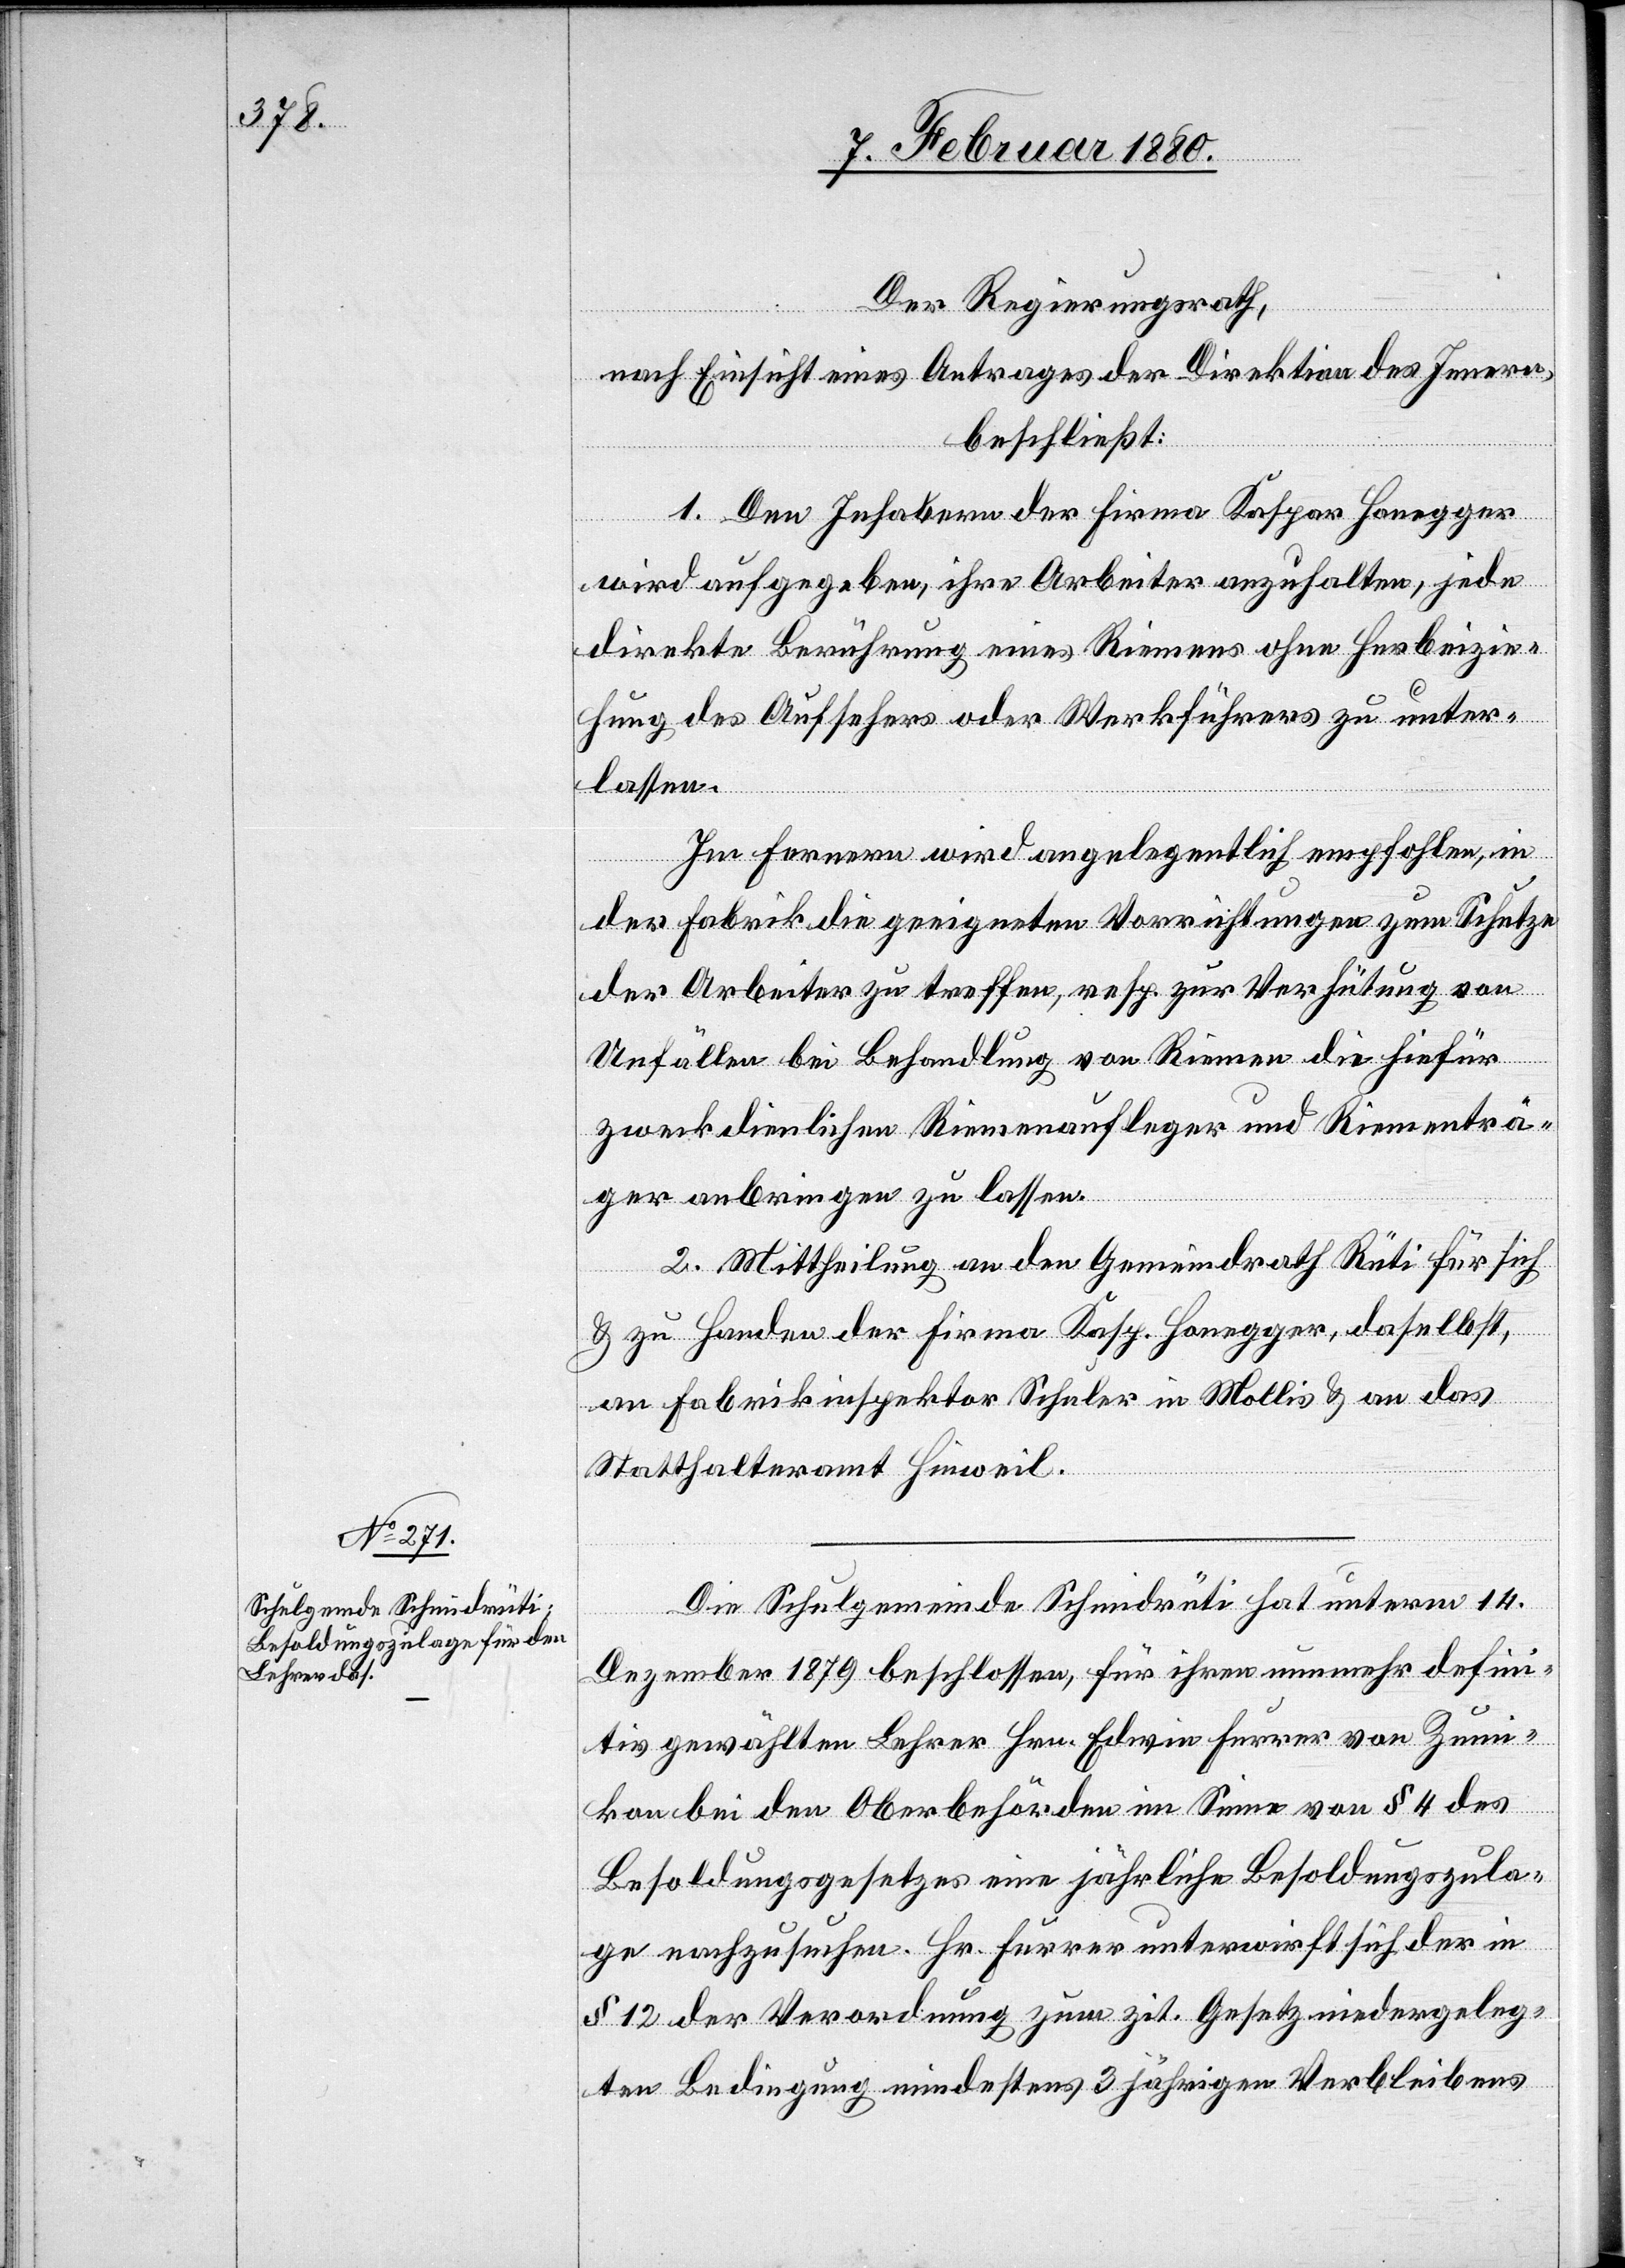
Der Regierungsrath,
nach Einsicht eines Antrages der Direktion des Innern,
beschließt:
1. Den Inhabern der Firma Kaspar Honegger
wird aufgegeben, ihre Arbeiter anzuhalten, jede
direkte Berührung eines Riemens ohne Herbeizie¬
hung des Aufsehers oder Werkführers zu unter¬
lassen.
Im Fernern wird angelegentlich empfohlen, in
der Fabrik die geeigneten Vorrichtungen zum Schutze
der Arbeiter zu treffen, resp. zur Verhütung von
Unfällen bei Behandlung von Riemen die hiefür
zweckdienlichen Riemenaufleger und Riementrä¬
ger anbringen zu lassen.
2. Mittheilung an den Gemeindrath für sich
& zu Handen der Firma Kasp. Honegger, daselbst,
an Fabrikinspektor Schuler in Mollis & an das
Statthalteramt Hinweil.
Die Schulgemeinde Schmidrüti hat unterm 14.
Dezember 1879 beschlossen, für ihren nunmehr defini¬
tiv gewählten Lehrer Hrn. Edwin Furrer von Zumi¬
kon bei den Oberbehörden im Sinne von § 4 des
Besoldungsgesetzes eine jährliche Besoldungszula¬
ge nachzusuchen. Hr. Furrer unterwirft sich der in
§ 12 der Verordnung zum zit. Gesetz niedergeleg¬
ten Bedingung mindestens 3 jährigen Verbleibens